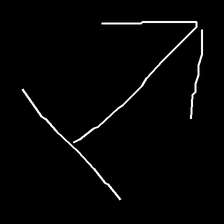
Glyph: levitation